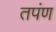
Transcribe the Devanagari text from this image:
तपंण